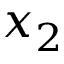
x _ { 2 }